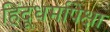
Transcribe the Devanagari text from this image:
हिंदूधर्मापेक्षा